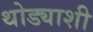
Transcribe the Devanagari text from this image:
थोड्याशी